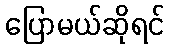
ပြောမယ်ဆိုရင်